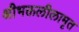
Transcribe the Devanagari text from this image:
श्रीभक्तलीलामृत